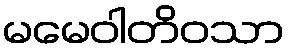
မမေဝါတိဝသာ